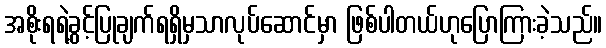
အစိုးရရဲ့ခွင့်ပြုချက်ရရှိမှသာလုပ်ဆောင်မှာ ဖြစ်ပါတယ်ဟုပြောကြားခဲ့သည်။